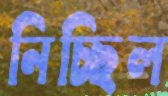
নিচ্ছিল